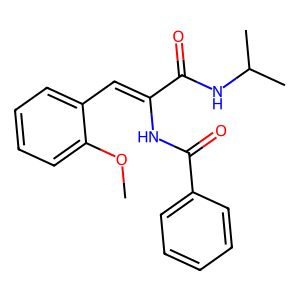
SMILES: COc1ccccc1C=C(NC(=O)c1ccccc1)C(=O)NC(C)C
Inhibits HIV replication: No